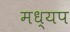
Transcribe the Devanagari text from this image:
मध्यप